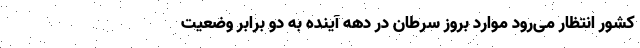
کشور انتظار می‌رود موارد بروز سرطان در دهه آینده به دو برابر وضعیت